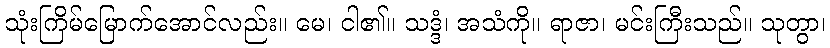
သုံးကြိမ်မြောက်အောင်လည်း။ မေ၊ ငါ၏။ သဒ္ဒံ၊ အသံကို။ ရာဇာ၊ မင်းကြီးသည်။ သုတွာ၊